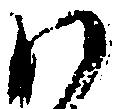
ハ